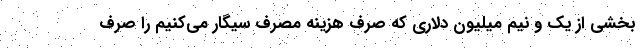
بخشی از یک و نیم میلیون دلاری که صرف هزینه مصرف سیگار می‌کنیم را صرف